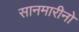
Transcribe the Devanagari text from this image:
सानमारीनो